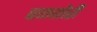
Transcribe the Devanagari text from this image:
बळजोरी